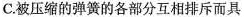
C.被压缩的弹簧的各部分互相排斥而具